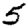
Digit: 5